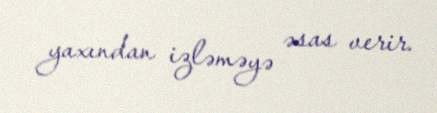
yaxından izləməyə əsas verir.